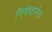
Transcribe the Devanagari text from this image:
निषेधानेच